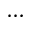
\cdots